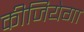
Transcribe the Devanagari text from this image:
कीजियेगा